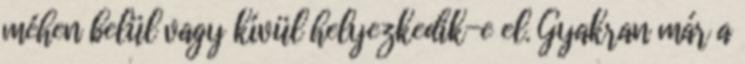
méhen belül vagy kívül helyezkedik-e el. Gyakran már a